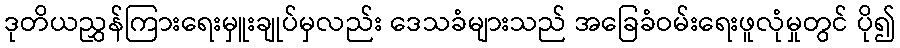
ဒုတိယညွှန်ကြားရေးမှူးချုပ်မှလည်း ဒေသခံများသည် အခြေခံဝမ်းရေးဖူလုံမှုတွင် ပို၍